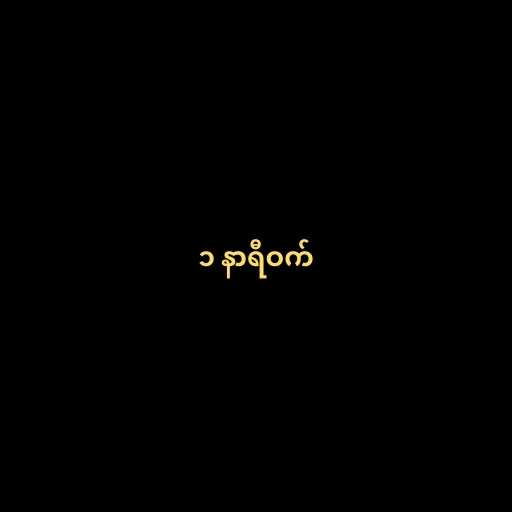
၁ နာရီဝက်